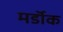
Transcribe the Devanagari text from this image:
मर्डॉक